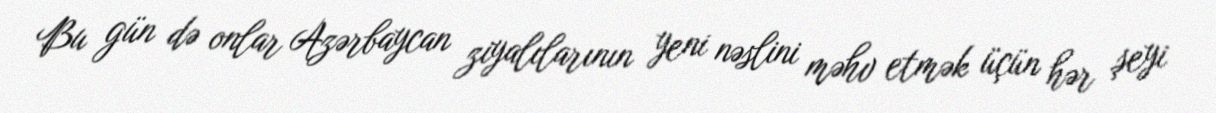
Bu gün də onlar Azərbaycan ziyalılarının yeni nəslini məhv etmək üçün hər şeyi